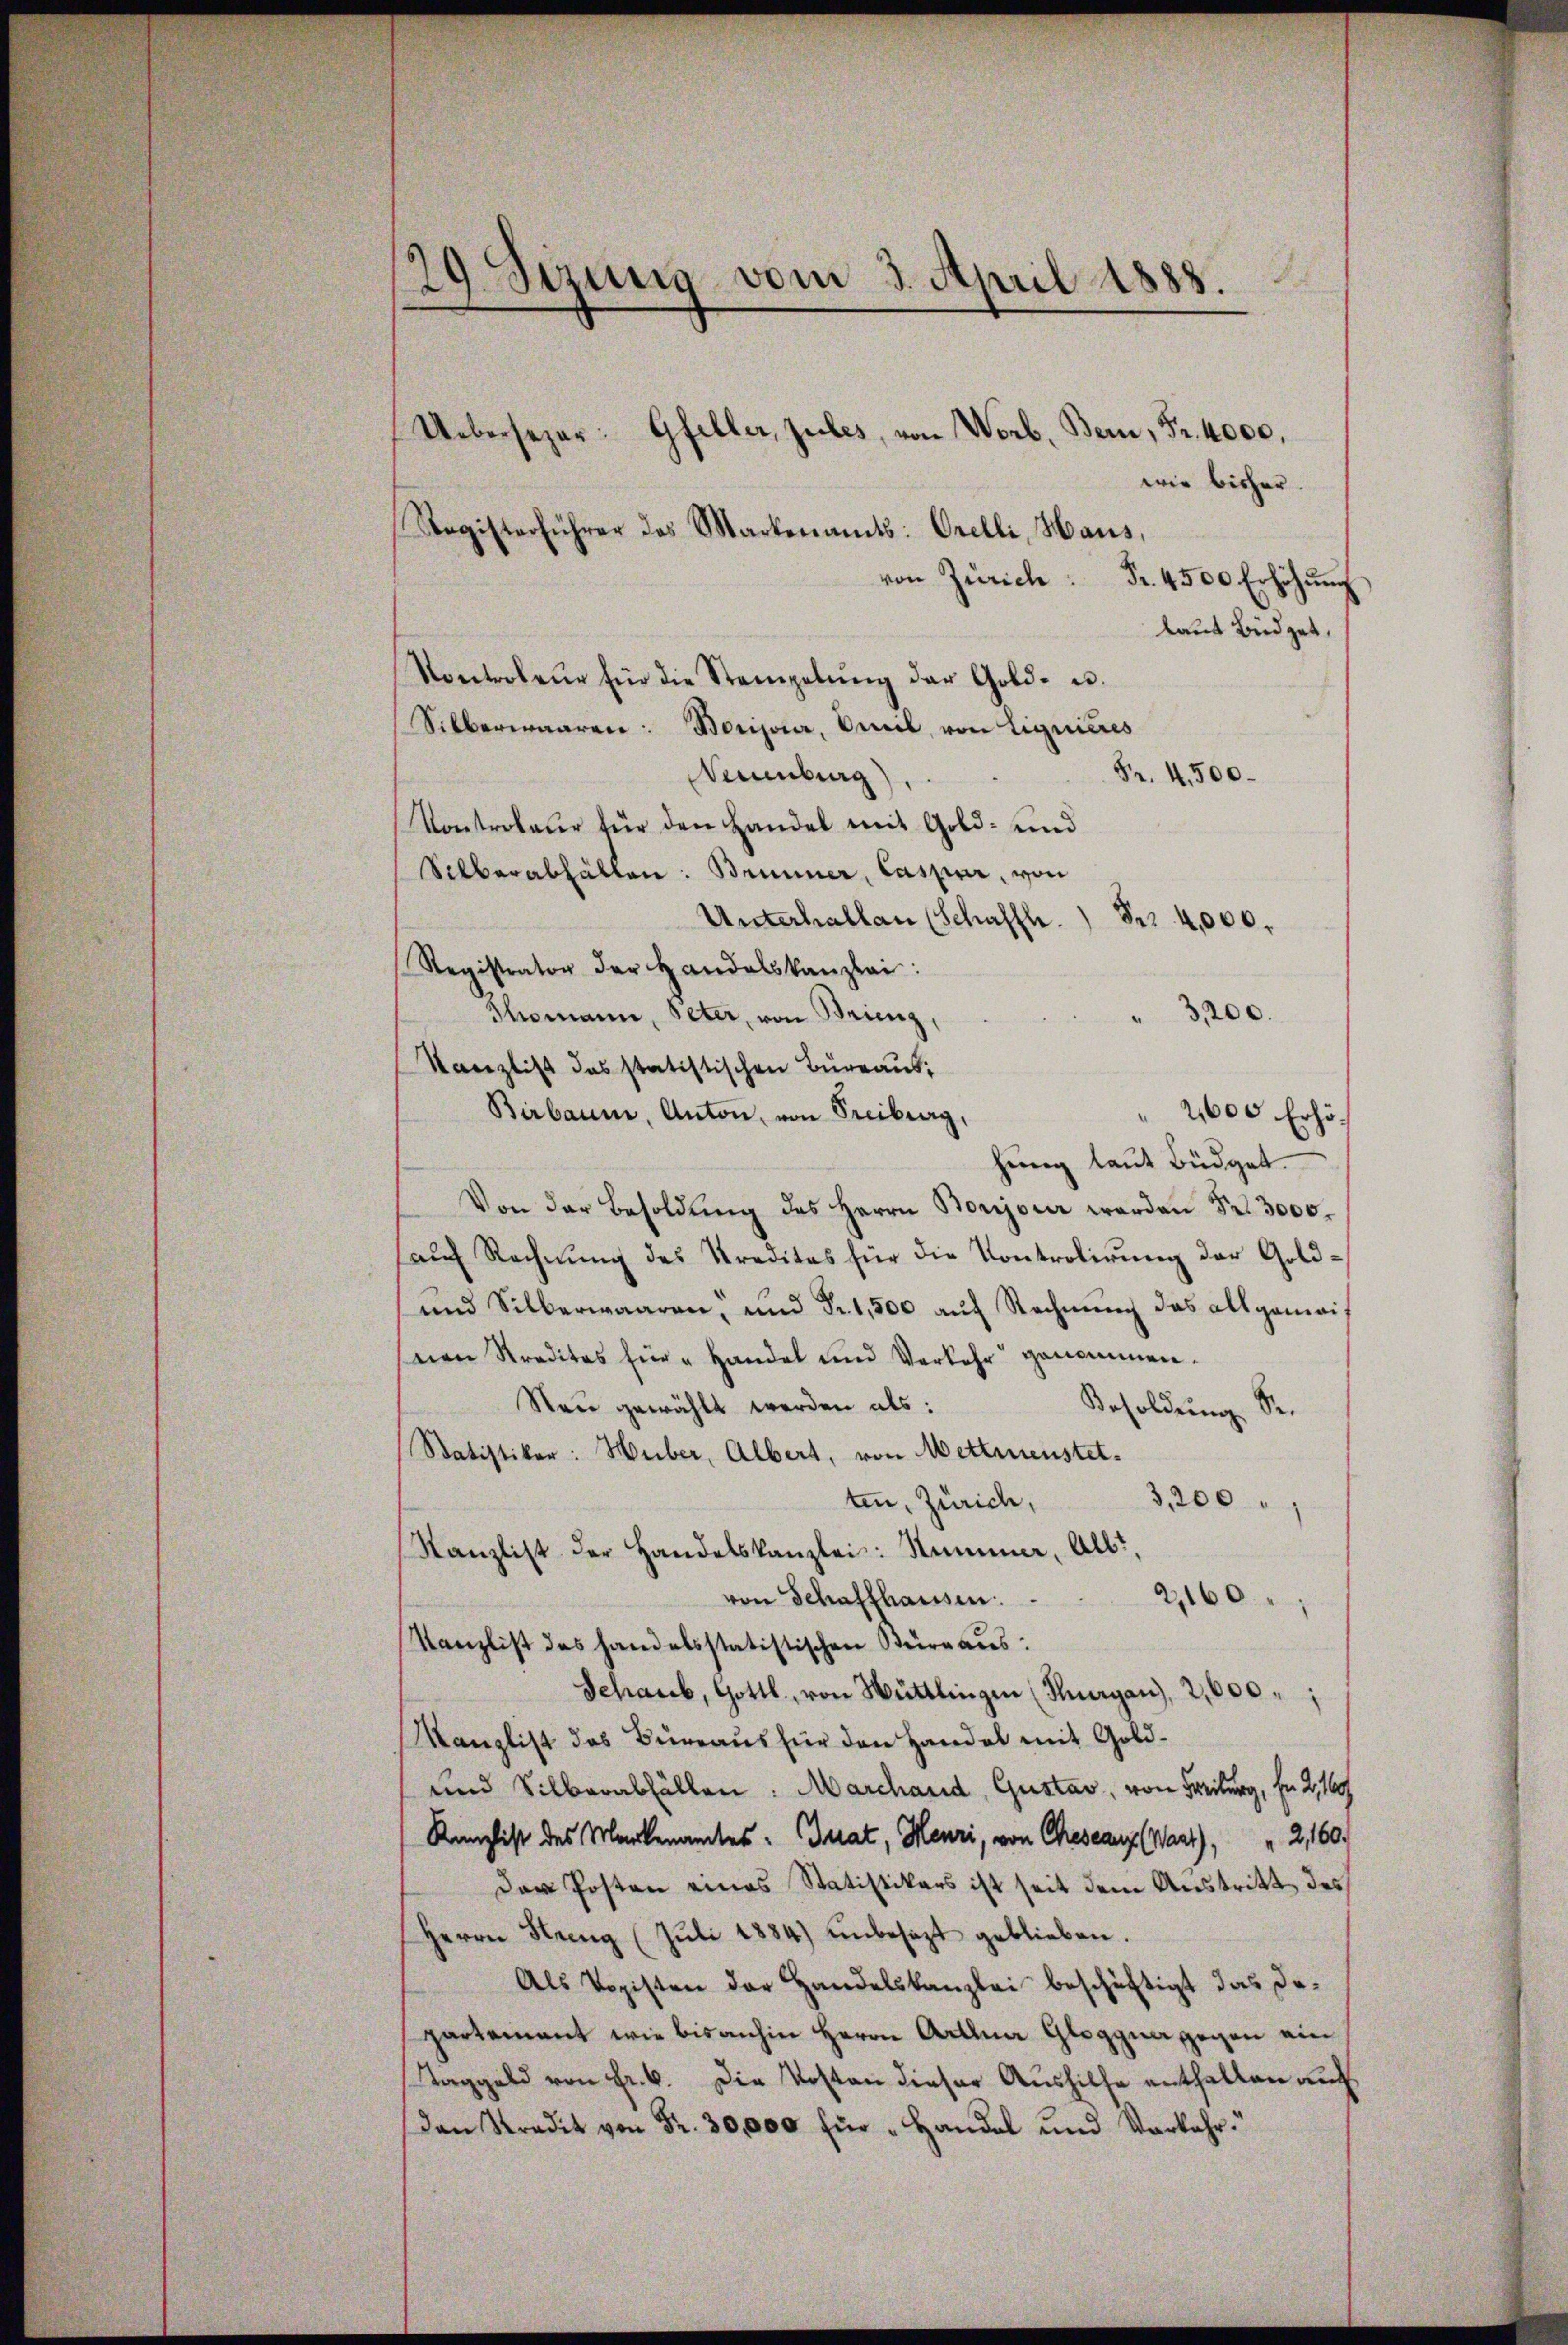
29 Sizung vom 3. April 1888.

Ueberseher: Gfeller, zules, von Worb. Bern, Fr. 4000.
wir bisher.
Registerführer des Martenamts: Orelli, Haus,
von Zürich: Fr. 4500 Erhöhŭng
laut Büdget
Nontroleur für die Stempelŭng der Gold- u.
Silberwaaren: Borisaar, weil, von Liquieres
Fr. 4500.
Neuenburg),
Kontroleur für den Handel mit Gold- und
Silberabfällen: Brunner, Caspar, von
Unterhallen (Schaffh.) Fr. 4,000.
Registrator der Handelskanzlei:
Thomann, Peter, von Brienz,
3,200.
Kanzlist das statistischen Büreaus;
Birbaum, Anton, von Freiburg,
2600 Erhöhung laut Büdget.
Von der Besoldŭng des Herrn Borjour werden Fr. 3000.
auf Rechnung des Kreditas für die Kontrolirung der Gold¬
und Silberwaaren, und Fr. 1,500 auf Rechnung das allgemeinen Straditas für " Handel und Verkehr genommen.
Nau gewählt werden als:
Besoldung Sr.
Statistiker: Huber, Albert, von Mettmenstet.
ten, Zürich,
3,200
Kanzlist der Handelskanzlei: Summer, Albt,
2160
von Schaffhaussen.
Kanzlist des handelsstatistischen Kurgaus:
Schaub, Gottl, von Hüttlingen (Pluargau), 2,600
Kanglist das Bureaus für den Handel mit Gold¬
und Silberabfällen: Marchand, Gustav, von Freiburg, Fr. 2, 16
Kanzlist des Markenamtes Grat, Henzi, von Cheseau (Wart), 2, 160.
Der Posten eines Statistikers ist seit dem Austritt des
Herrn Streng (Jŭli 1884) unbesezt geblieben.
Als Vopisten der Handelskanzlei beschäftigt das da-
partement wie bis anhin Herrn Artina Glogguer gegen ein
Taggeld von Fr. 6. Die Kosten dieser Aushilfe enthalten auch
Dan Kredit von Fr. 30,000 für „Handel und Verkehr.